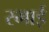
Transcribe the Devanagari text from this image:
रभाई